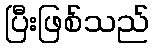
ပြီးဖြစ်သည်